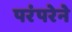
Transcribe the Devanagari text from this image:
परंंपरेने